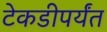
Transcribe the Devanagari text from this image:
टेकडीपर्यंत